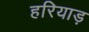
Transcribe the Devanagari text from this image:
हरियाड़